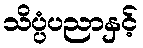
သိပ္ပံပညာနှင့်